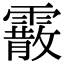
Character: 霰